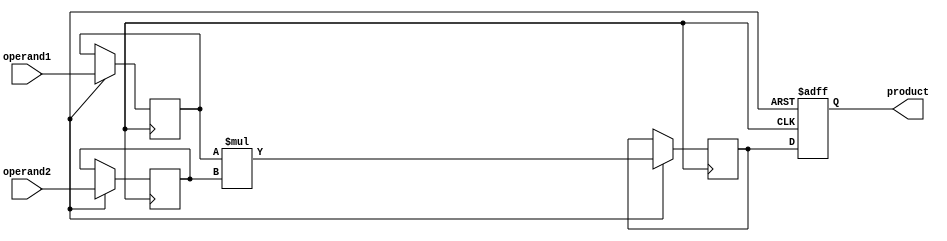
module Signed_Multiplier (
    input signed [7:0] operand1,
    input signed [7:0] operand2,
    output signed [15:0] product
);

reg signed [15:0] product_reg;
reg signed [7:0] multiplier;
reg signed [7:0] multiplicand;
reg signed [15:0] temp_result;

always @ (posedge clk or negedge rst) begin
    if (!rst) begin
        product_reg <= 16'b0;
    end else begin
        multiplier <= operand1;
        multiplicand <= operand2;
        temp_result <= multiplier * multiplicand;
        product_reg <= temp_result;
    end
end

assign product = product_reg;

endmodule